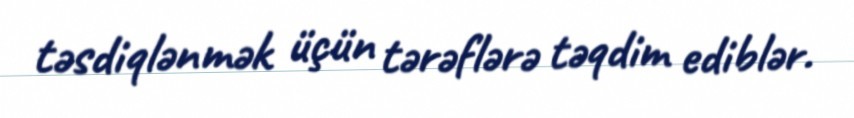
təsdiqlənmək üçün tərəflərə təqdim ediblər.